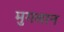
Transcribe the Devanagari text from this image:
मुगलान